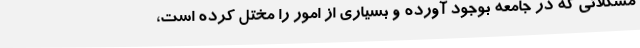
مشکلاتی که در جامعه بوجود آورده و بسیاری از امور را مختل کرده است،